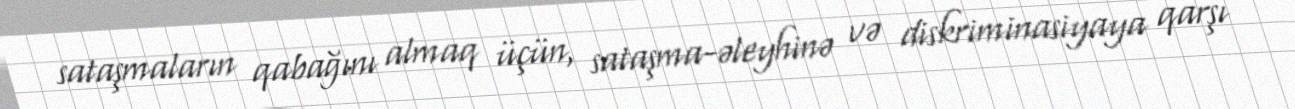
sataşmaların qabağını almaq üçün, sataşma-əleyhinə və diskriminasiyaya qarşı